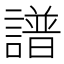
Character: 譜